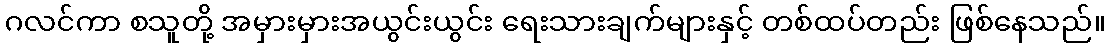
ဂလင်ကာ စသူတို့ အမှားမှားအယွင်းယွင်း ရေးသားချက်များနှင့် တစ်ထပ်တည်း ဖြစ်နေသည်။